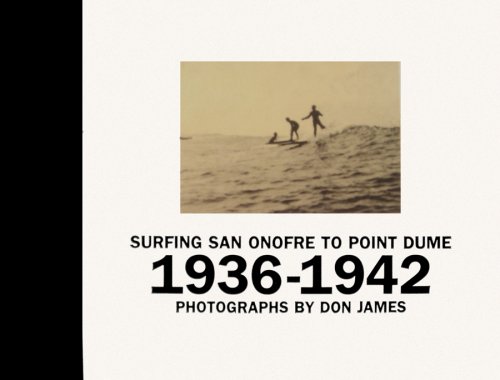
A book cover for Surfing San Onofre to Point Dume: Photographs by Don James; C.R. Stecyk; Arts & Photography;